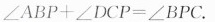
$$∠ A B P + ∠ D C P = ∠ B P C$$.